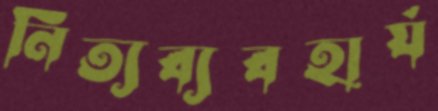
নিত্যব্যবহার্য